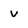
Character: v